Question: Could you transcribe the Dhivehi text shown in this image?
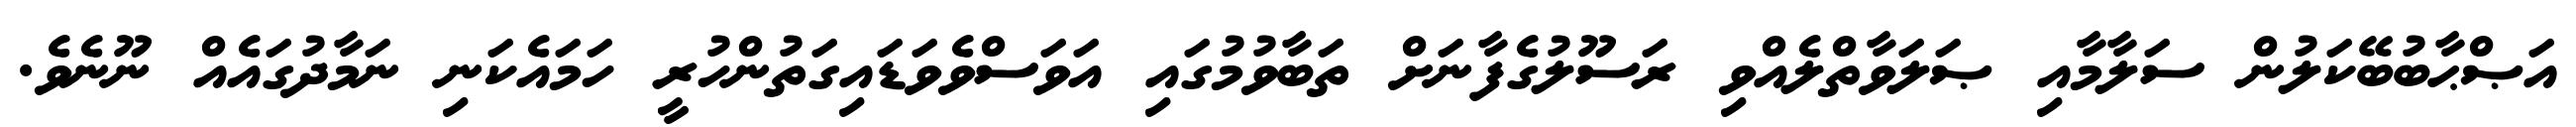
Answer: އަޞްޙާބުބޭކަލުން ސަލާމާއި ޞަލަވާތްލެއްވި ރަސޫލުގެފާނަށް ތަބާވުމުގައި އަވަސްވެވަޑައިގަތުންހުރީ ހަމައެކަނި ނަމާދުގައެއް ނޫނެވެ.